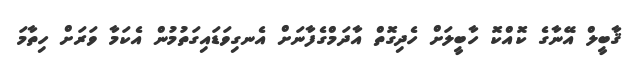
ޤާބީލް އޭނާގެ ކޮއްކޮ ހާބީލަށް ހެދިގޮތް އާދަމްގެފާނަށް އެނގިވަޑައިގަތުމުން އެކަމާ ވަރަށް ހިތާމަ